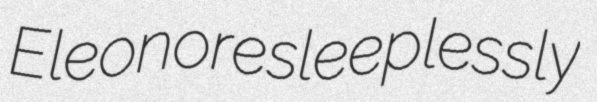
Eleonore sleeplessly